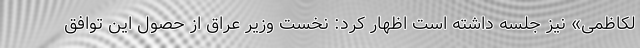
لکاظمی» نیز جلسه داشته است اظهار کرد: نخست وزیر عراق از حصول این توافق